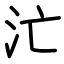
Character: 汒